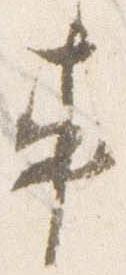
車